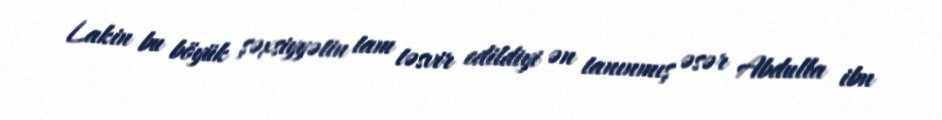
Lakin bu böyük şəxsiyyətin tam təsvir edildiyi ən tanınmış əsər Abdulla ibn